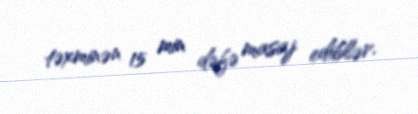
təxminən 15 min dəfə masaj ediblər.